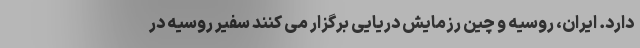
دارد. ایران، روسیه و چین رزمایش دریایی برگزار می کنند سفیر روسیه در